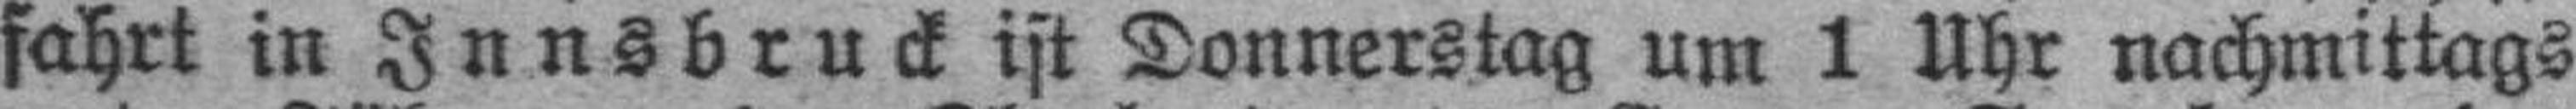
fahrt in Innsbruck ist Donnerstag um 1 Uhr nachmittags